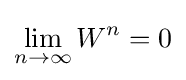
\lim _{n\to \infty }W^{n}=0